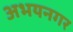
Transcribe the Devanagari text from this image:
अभयनगर